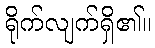
ရိုက်လျက်ရှိ၏။